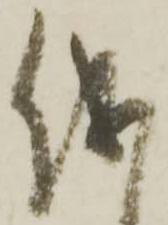
儀